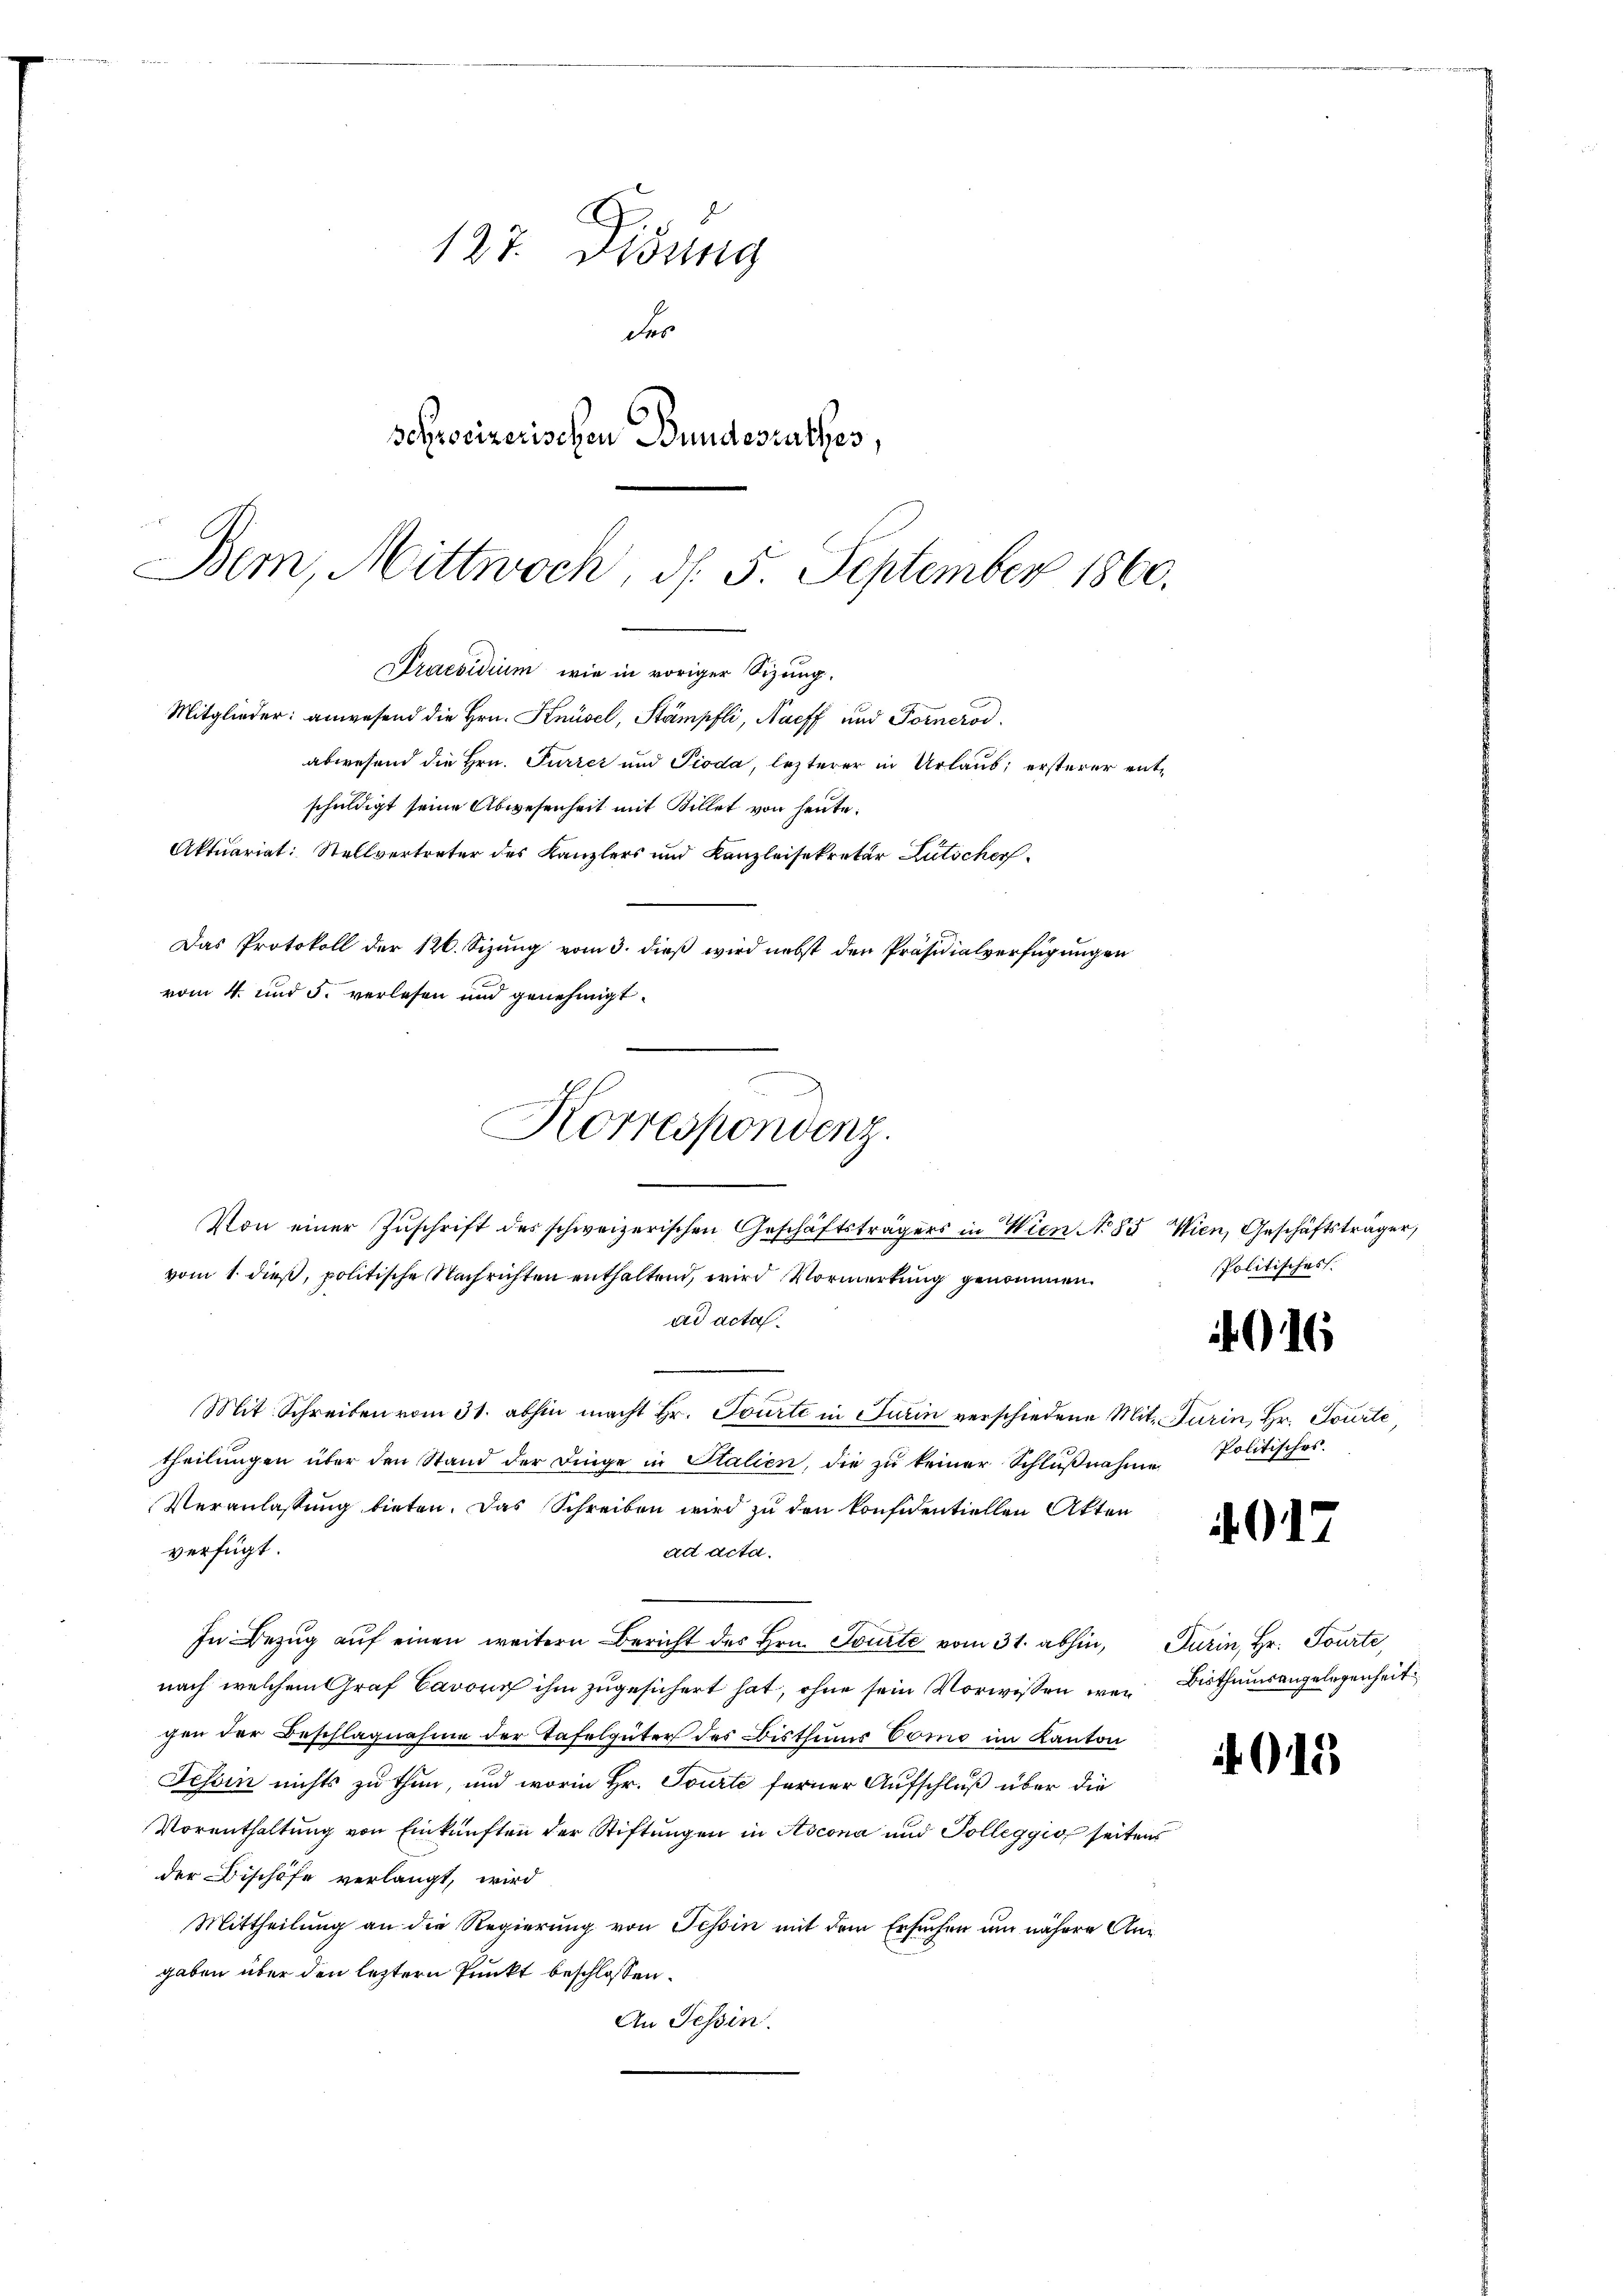
127. Didung
der
schreizerischen Bundesrathes,
Bem, Mittwoch, d. 5. September 1860.

Von einer Zŭschrift des schweizerischen Geschäftsträgers in Wien No 85 Wien, Geschäftsträger,
vom 1. dieß, politische Nachrichten enthaltend, wird Vormerkung genommen.
ad acta.
Mit Schreiben vom 31. abhin macht Hr. Tourte in Turin verschiedene Mit- Turin, Hr. Tourte,
theilŭngen über den Stand der Dinge in Stalien, die zŭ keiner Schlŭβnahme Politisches.
Veranlassung bieten. Das Schreiben wird zu den konfidentiellen Akten
verfügt:
ad acta.
In Bezŭg aŭf einen weitern Bericht des Hrn. Tourte vom 31. abhin, Turin, Hr. Tourte,
nach welchem Graf Cavon ihm zugesichert hat, ohne sein Vorwissen wer Bisthumsangelegenheit
gen der Beschlagnahme der Tafelgüter des Bisthums Como im Kanton
Tessin nichts zu thun, und worin Hr. Tourte ferner Aufschluß über die
Vorenthaltung von Einkünften der Stiftungen in Ascona und Tolleggio, seitens
der Bischöfe verlangt, wird
Mittheilung an die Regierung von Tessin mit dem Ersuchen um nähere Angaben über den leztern Punkt beschlossen:
An Tessin.

Draesidium wie in voriger Sizung.
Mitglieder: anwesend die Hrn. Knüsel, Stämpfli, Narff und Fornerod
abwesend die Hrn. Furrer und Pioda, lezterer in Urlaub, ersterer ent¬
Das Protokoll der 126. Sizung vom 3. dieß wird nebst den Präsidialverfügungen
vom 4. und 5. verlesen und genehmigt.
Korrespondenz.

schuldigt seine Abwesenheit mit Billet von heute:
Aktuariat: Stellvertreter des Kanzlers und Kanzleisekretär Lutscher

Politisches.

016

917

915